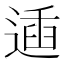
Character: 𨔨